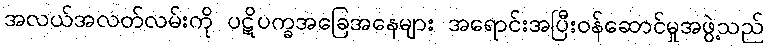
အလယ်အလတ်လမ်းကို ပဋိပက္ခအခြေအနေများ အရောင်းအပြီးဝန်ဆောင်မှုအဖွဲ့သည်